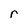
Character: r